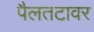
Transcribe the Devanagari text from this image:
पैलतटावर